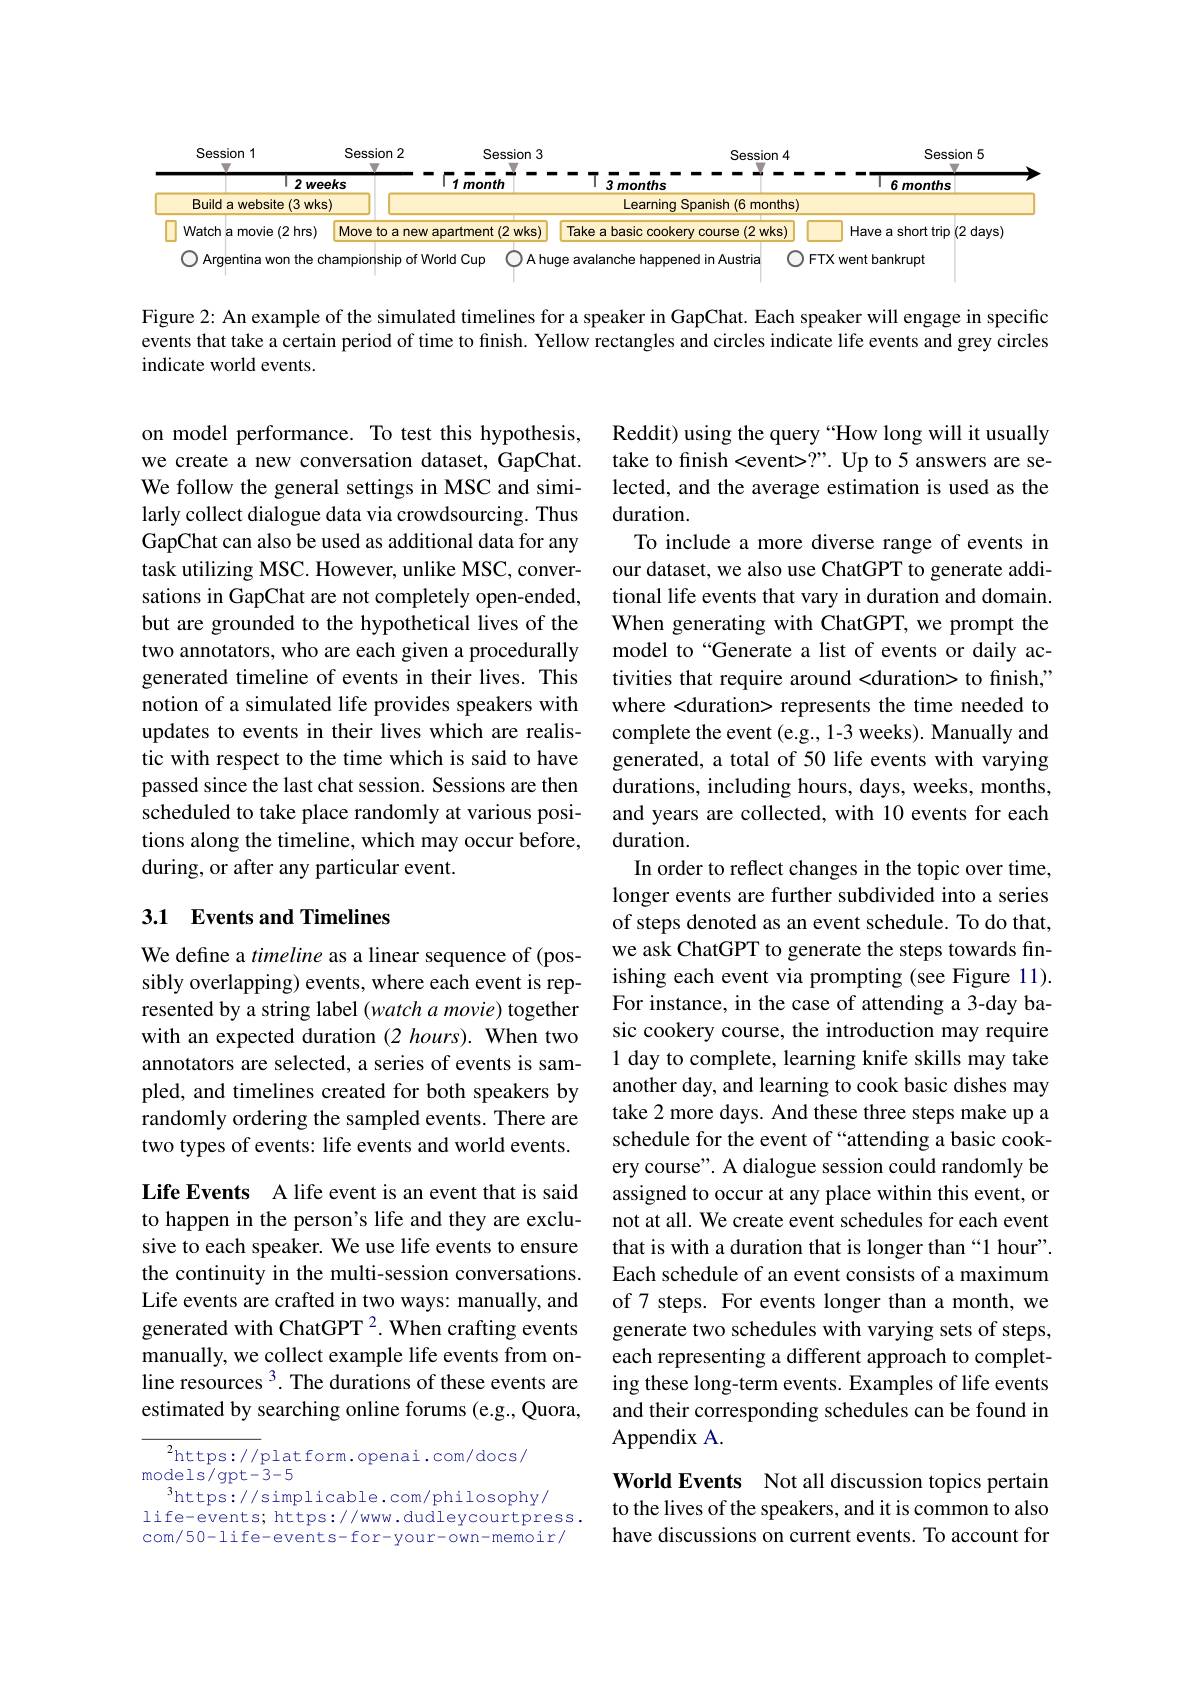
<FigureHere>

Figure 2: An example of the simulated timelines for a speaker in GapChat. Each speaker will engage in specific events that take a certain period of time to fnish. Yellow rectangles and circles indicate life events and grey circles indicate world events.

on model performance. To test this hypothesis, we create a new conversation dataset, GapChat. We follow the general settings in MSC and similarly collect dialogue data via crowdsourcing. Thus GapChat can also be used as additional data for any task utilizing MSC. However, unlike MSC, conversations in GapChat are not completely open-ended, but are grounded to the hypothetical lives of the two annotators, who are each given a procedurally generated timeline of events in their lives. This notion of a simulated life provides speakers with updates to events in their lives which are realistic with respect to the time which is said to have passed since the last chat session. Sessions are then scheduled to take place randomly at various positions along the timeline, which may occur before, during, or after any particular event.

## 3.1 Events and Timelines

Reddit) using the query “How long will it usually take to finish <event>?". Up to 5 answers are selected, and the average estimation is used as the duration.
To include a more diverse range of events in our dataset, we also use ChatGPT to generate additional life events that vary in duration and domain. When generating with ChatGPT, we prompt the model to “Generate a list of events or daily activities that require around <duration> to finish," where <duration> represents the time needed to complete the event (e.g., 1-3 weeks). Manually and generated, a total of 50 life events with varying durations, including hours, days, weeks, months, and years are collected, with 10 events for each duration.
In order to reflect changes in the topic over time, longer events are further subdivided into a series of steps denoted as an event schedule. To do that, we ask ChatGPT to generate the steps towards finishing each event via prompting (see Figure 11). For instance, in the case of attending a 3-day basic cookery course, the introduction may require 1 day to complete, learning knife skills may take another day, and learning to cook basic dishes may take 2 more days. And these three steps make up a schedule for the event of “attending a basic cookery course". A dialogue session could randomly be assigned to occur at any place within this event, or not at all. We create event schedules for each event that is with a duration that is longer than“1 hour” Each schedule of an event consists of a maximum of 7 steps. For events longer than a month, we generate two schedules with varying sets of steps, each representing a different approach to completing these long-term events. Examples of life events and their corresponding schedules can be found in Appendix A.
World Events Not all discussion topics pertain

We define a timeline as a linear sequence of (possibly overlapping) events, where each event is represented by a string label (watch a movie) together with an expected duration (2 hours). When two annotators are selected, a series of events is sampled, and timelines created for both speakers by randomly ordering the sampled events. There are two types of events: life events and world events.

Life Events A life event is an event that is said to happen in the person's life and they are exclusive to each speaker. We use life events to ensure the continuity in the multi-session conversations. Life events are crafted in two ways: manually, and generated with ChatGPT 2. When crafting events manually, we collect example life events from online resources $^3.$ The durations of these events are estimated by searching online forums (e.g., Quora,

${{^2}\mathrm{https://platform.openai.com/docs/}}$
${\mathrm{models/gpt-3-5}}$
$^{3}$https://simplicable.com/philosophy/
life-events; https://www.dudleycourtpress. com/50-life-events-for-your-own-memoir/

to the lives of the speakers, and it is common to also have discussions on current events. To account for